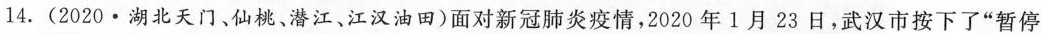
14.(2020·湖北天门、仙桃、潜江、江汉油田)面对新冠肺炎疫情，2020年1月23日，武汉市按下了”暂停